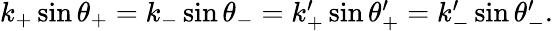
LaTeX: \begin{array}{r}{k_{+}\sin\theta_{+}=k_{-}\sin\theta_{-}=k_{+}^{\prime}\sin\theta_{+}^{\prime}=k_{-}^{\prime}\sin\theta_{-}^{\prime}.}\end{array}